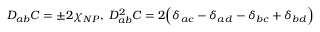
D _ { a b } C = \pm 2 \chi _ { N P } , \; D _ { a b } ^ { 2 } C = 2 \Bigl ( \delta _ { a c } - \delta _ { a d } - \delta _ { b c } + \delta _ { b d } \Bigr )